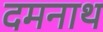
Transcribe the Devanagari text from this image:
दमनाथ